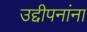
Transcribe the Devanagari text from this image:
उद्दीपनांना